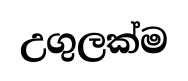
උගුලක්ම